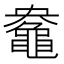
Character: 𮮤